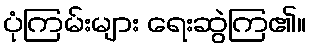
ပုံကြမ်းများ ရေးဆွဲကြ၏။